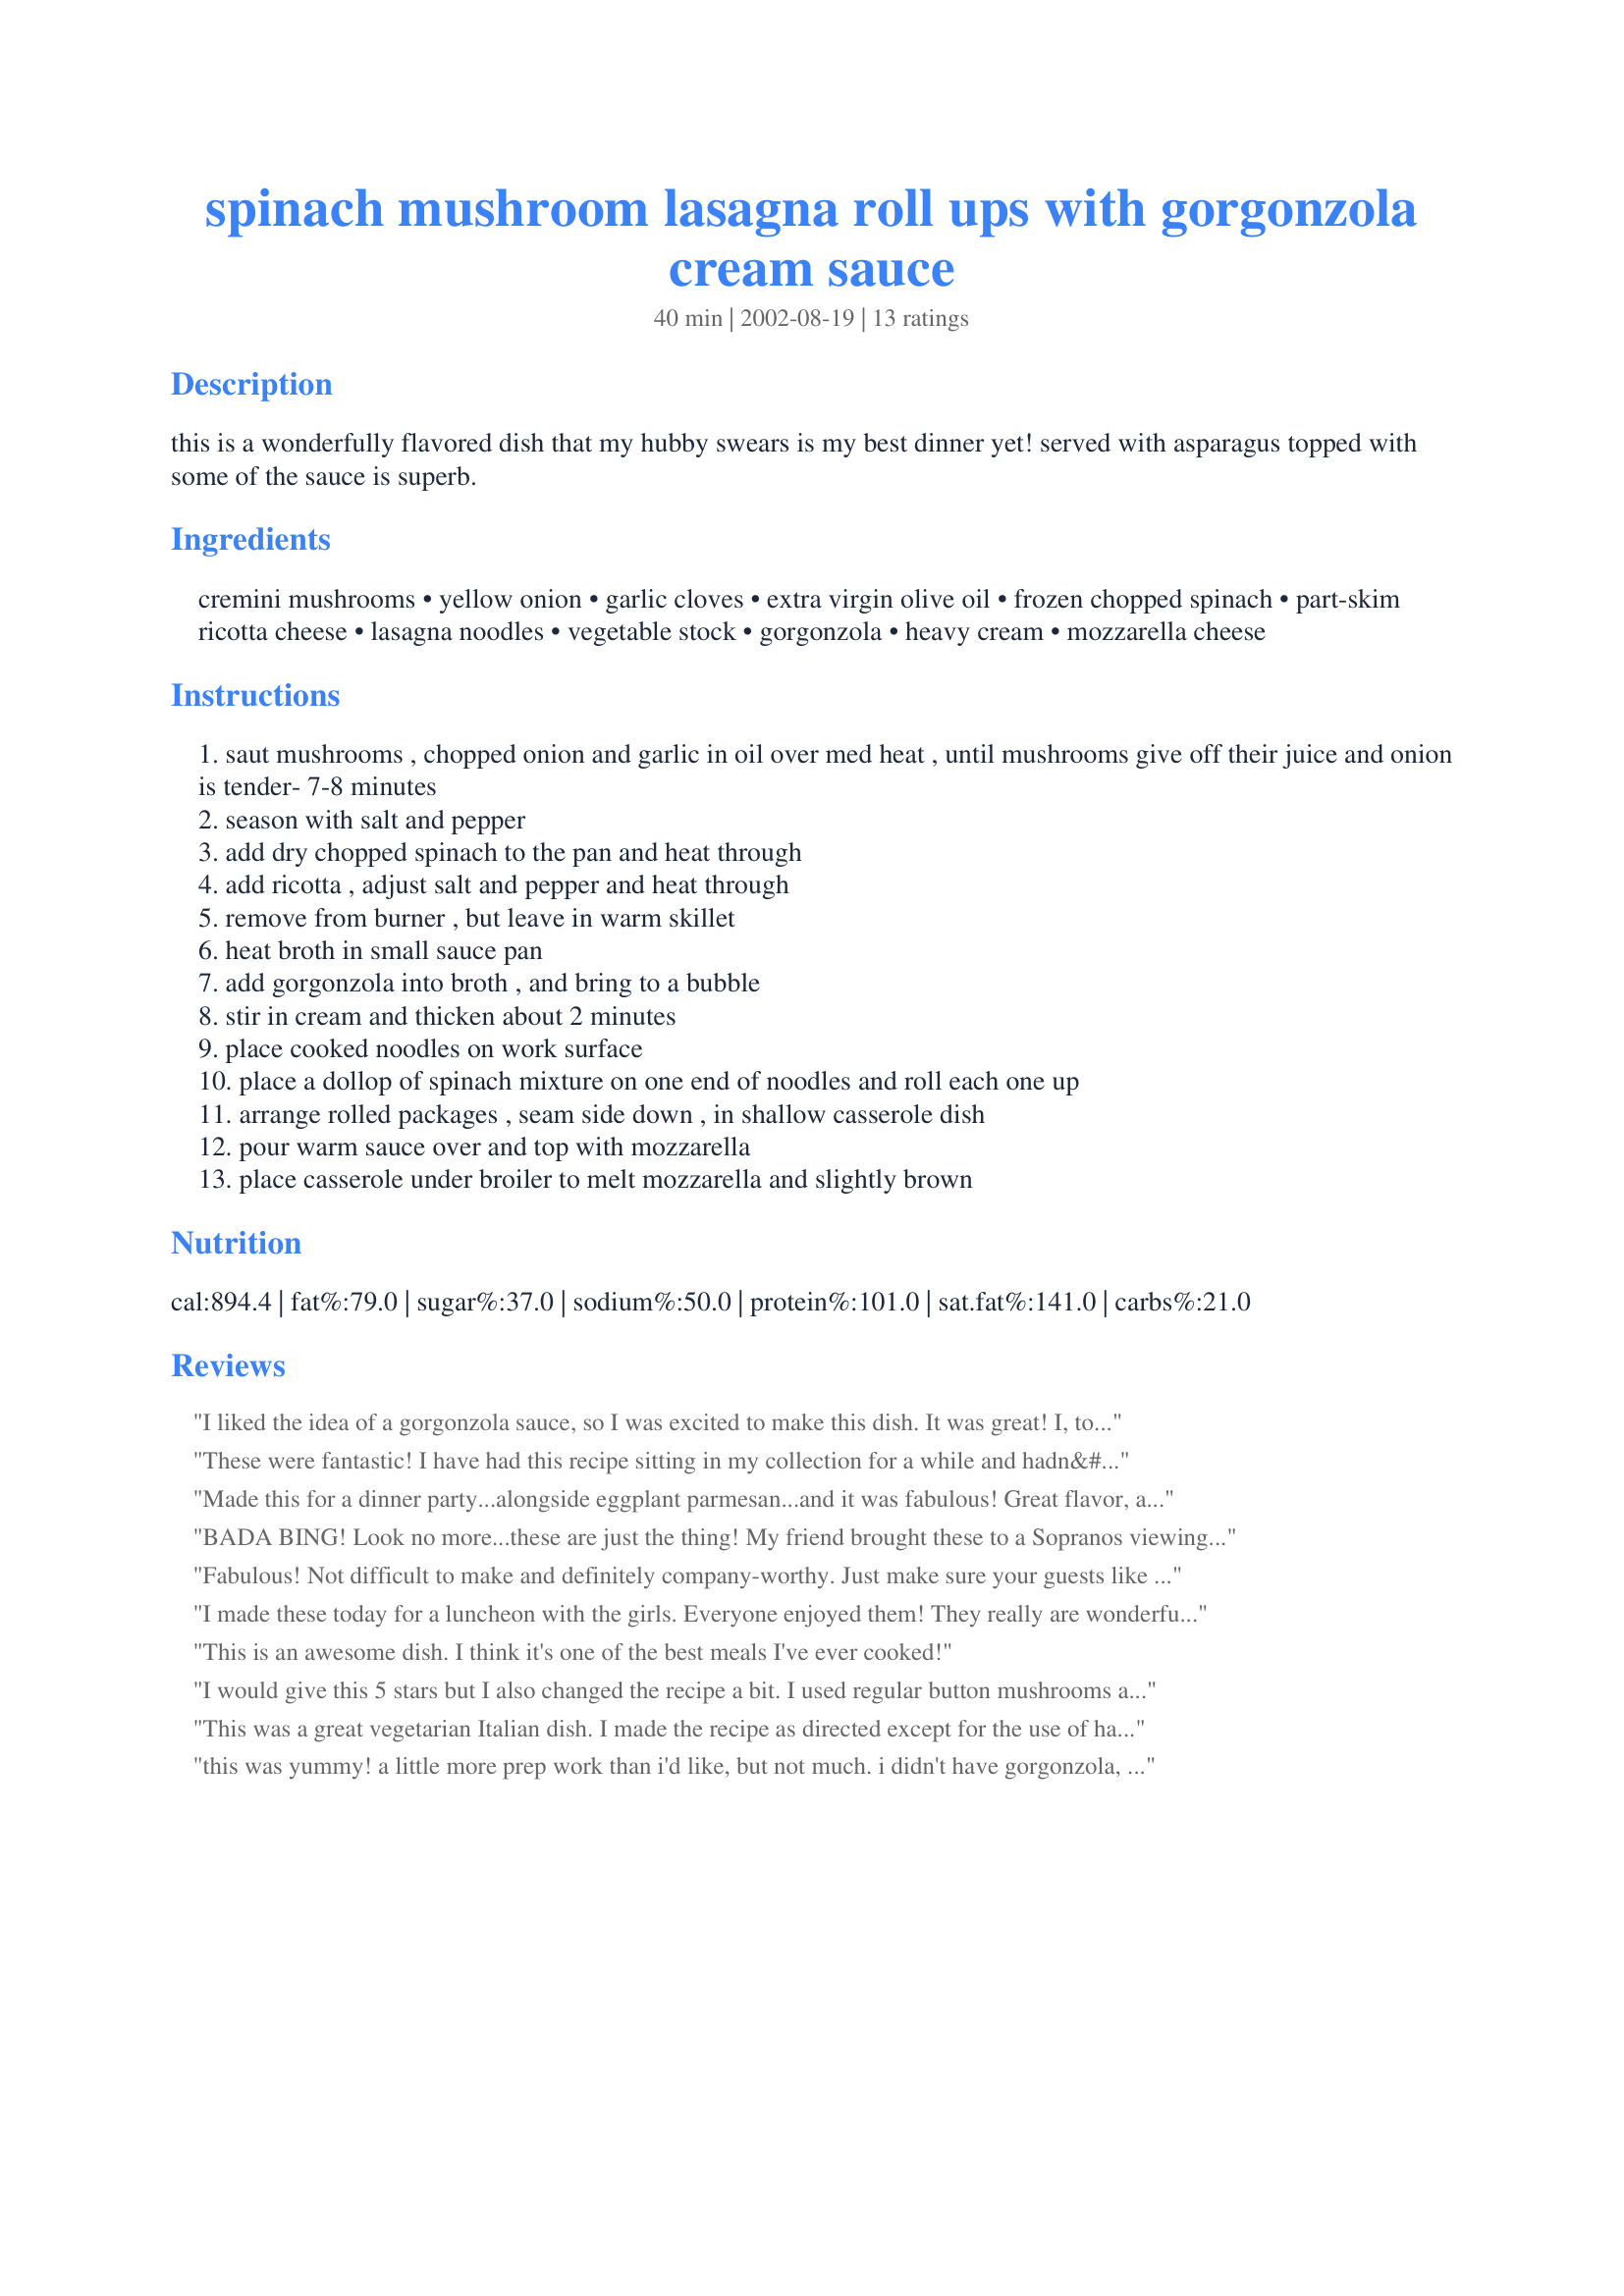
spinach mushroom lasagna roll ups with gorgonzola cream sauce
Preparation time: 40 minutes

this is a wonderfully flavored dish that my hubby swears is my best dinner yet! served with asparagus topped with some of the sauce is superb.

Ingredients:
cremini mushrooms, yellow onion, garlic cloves, extra virgin olive oil, frozen chopped spinach, part-skim ricotta cheese, lasagna noodles, vegetable stock, gorgonzola, heavy cream, mozzarella cheese

Steps:
saut mushrooms , chopped onion and garlic in oil over med heat , until mushrooms give off their juice and onion is tender- 7-8 minutes
season with salt and pepper
add dry chopped spinach to the pan and heat through
add ricotta , adjust salt and pepper and heat through
remove from burner , but leave in warm skillet
heat broth in small sauce pan
add gorgonzola into broth , and bring to a bubble
stir in cream and thicken about 2 minutes
place cooked noodles on work surface
place a dollop of spinach mixture on one end of noodles and roll each one up
arrange rolled packages , seam side down , in shallow casserole dish
pour warm sauce over and top with mozzarella
place casserole under broiler to melt mozzarella and slightly brown

Reviews:
I liked the idea of a gorgonzola sauce, so I was excited to make this dish. It was great! I, too, used half and half instead of heavy cream, and unfortunately, my local grocery store only had generic blue cheese, not gorganzola. It still tasted fabulous. Thanks for a great recipe. I will definitely be making this again!
These were fantastic! I have had this recipe sitting in my collection for a while and hadn&#039;t had time to make it until yesterday. They are definitely time consuming but well worth it. I made it just as described and wouldn&#039;t change a thing. I think I am going to try variations of this recipe with different cheeses or sauces because they were so great.
Made this for a dinner party...alongside eggplant parmesan...and it was fabulous! Great flavor, and not that difficult to prepare. The sauce took a bit longer than stated, but other than that, prep was fairly easy. I also reduced the fat by using part-skim ricotta and fat-free half and half instead of cream. I WILL be making again!
BADA BING! Look no more...these are just the thing! My friend brought these to a Sopranos viewing party and they were LOVED by ALL!! This is so much better than regular lasagna.
Fabulous! Not difficult to make and definitely company-worthy. Just make sure your guests like gorgonzola, as the taste is very pronounced, especially in the sauce, which I also enjoyed over boiled green beans. I bought a nice, aged gorgonzola that even DH, who is not a huge fan of gorgonzola, admitted was pretty good. However, the taste of it in the sauce was a little too strong for him. I, on the other hand, loved it. I also used fresh made ricotta from the local deli. Thanks for posting!
I made these today for a luncheon with the girls. Everyone enjoyed them! They really are wonderful, and very easy to prepare. I did substitute half & half for the heavy cream and I used part-skim mozzarella to try to cut the fat a bit. It still came out fantastic! Thanks so much for posting it :)
This is an awesome dish. I think it's one of the best meals I've ever cooked!
I would give this 5 stars but I also changed the recipe a bit. I used regular button mushrooms and also added some sundried tomatoe bits. But is was "delish" as Rachel R. would say. Served it with garlic bread and asparagus as suggested. My son loved his "31st" birthday dinner. Thanks so much for the recipe. I'm sure this will be requested now.
This was a great vegetarian Italian dish. I made the recipe as directed except for the use of half and half to reduce the fat. I baked the dish for 20 minutes after finishing the rolls and pouring on the sauce; the last few minutes I melted the cheese. The roll-ups turned out warm and tasty.
this was yummy! a little more prep work than i'd like, but not much. i didn't have gorgonzola, just a big costco tub of bleu cheese, so i used that. as it was cooking, i was like, mmm, walnuts would go good w/the cheese. but didn't have walnuts! so i used toasted pecans instead, chopped and sprinkled on top as a garnish and omg! it was perfect!
I made this a few days ago for my mom's birthday and got rave reviews. I served it with sauteed asparagus and homemade garlic bread. Big hit! Mom thanked me several times for the "gourmet" meal. So, thank you!
When I saw this I knew it was perfect for "girl's dinner" with my daughter and granddaughter. They both like spinach, mushrooms and Gorgonzola...perfect. Since my granddaughter is trying a more vegetarian diet it was even more perfect. I didn't want to be spending time while they were visiting making the dish so I did it the day before. Put some sauce over the rolls, covered the baking dish and baked for about 30 minutes, uncovered added more sauce and the cheese and baked for another 20 minutes. Worked perfect! I did use fat free half and half and low fat mozzarella and vegetable broth. They loved it! It will absolutely be one of our "repeats" at least for a girls only dinner since the guys don't do Gorgonzola. Next time I will try walnuts which sound wonderful.
Thanks for a great dinner.
These Roll-Ups are awesome! I loved the spinach mushroom combo with the gorgonzola! The sauce was creamy and delicious!
